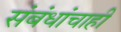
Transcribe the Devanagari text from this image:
संबंधांचाही